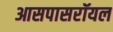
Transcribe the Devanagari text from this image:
आसपासरॉयल